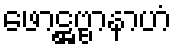
ဖောဋ္ဌဗ္ဗာနာဟံ